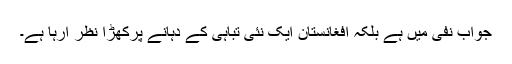
جواب نفی میں ہے بلکہ افغانستان ایک نئی تباہی کے دہانے پرکھڑا نظر آرہا ہے۔